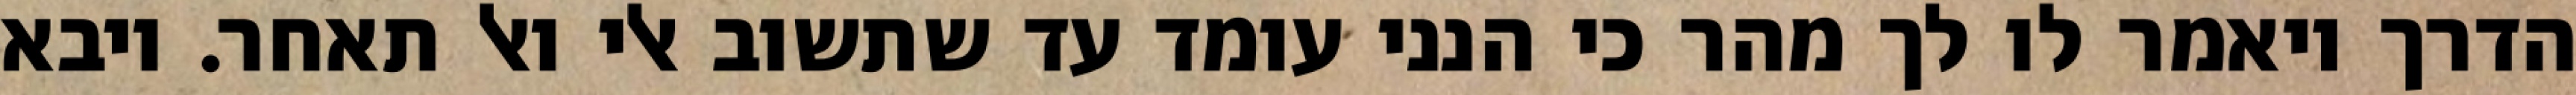
הדרך ויאמר לו לך מהר כי הנני עומד עד שתשוב אלי ואל תאחר. ויבא